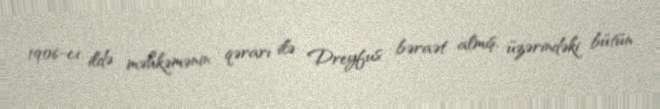
1906-cı ildə məhkəmənin qərarı ilə Dreyfus bəraət almış, üzərindəki bütün